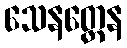
သေနတ္ထေန